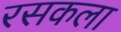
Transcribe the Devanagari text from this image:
रसकला